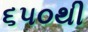
૬૫૦થી